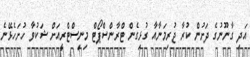
އަދި ގާނޫނުގެ ދަށުން ކުރާ ޖުރިމަނާއާ ގުޅިގެން ޓްރާންސްޕޯޓް މިނިސްޓްރީއަށް ޝަކުވާ ހުށަހެޅޭނެ